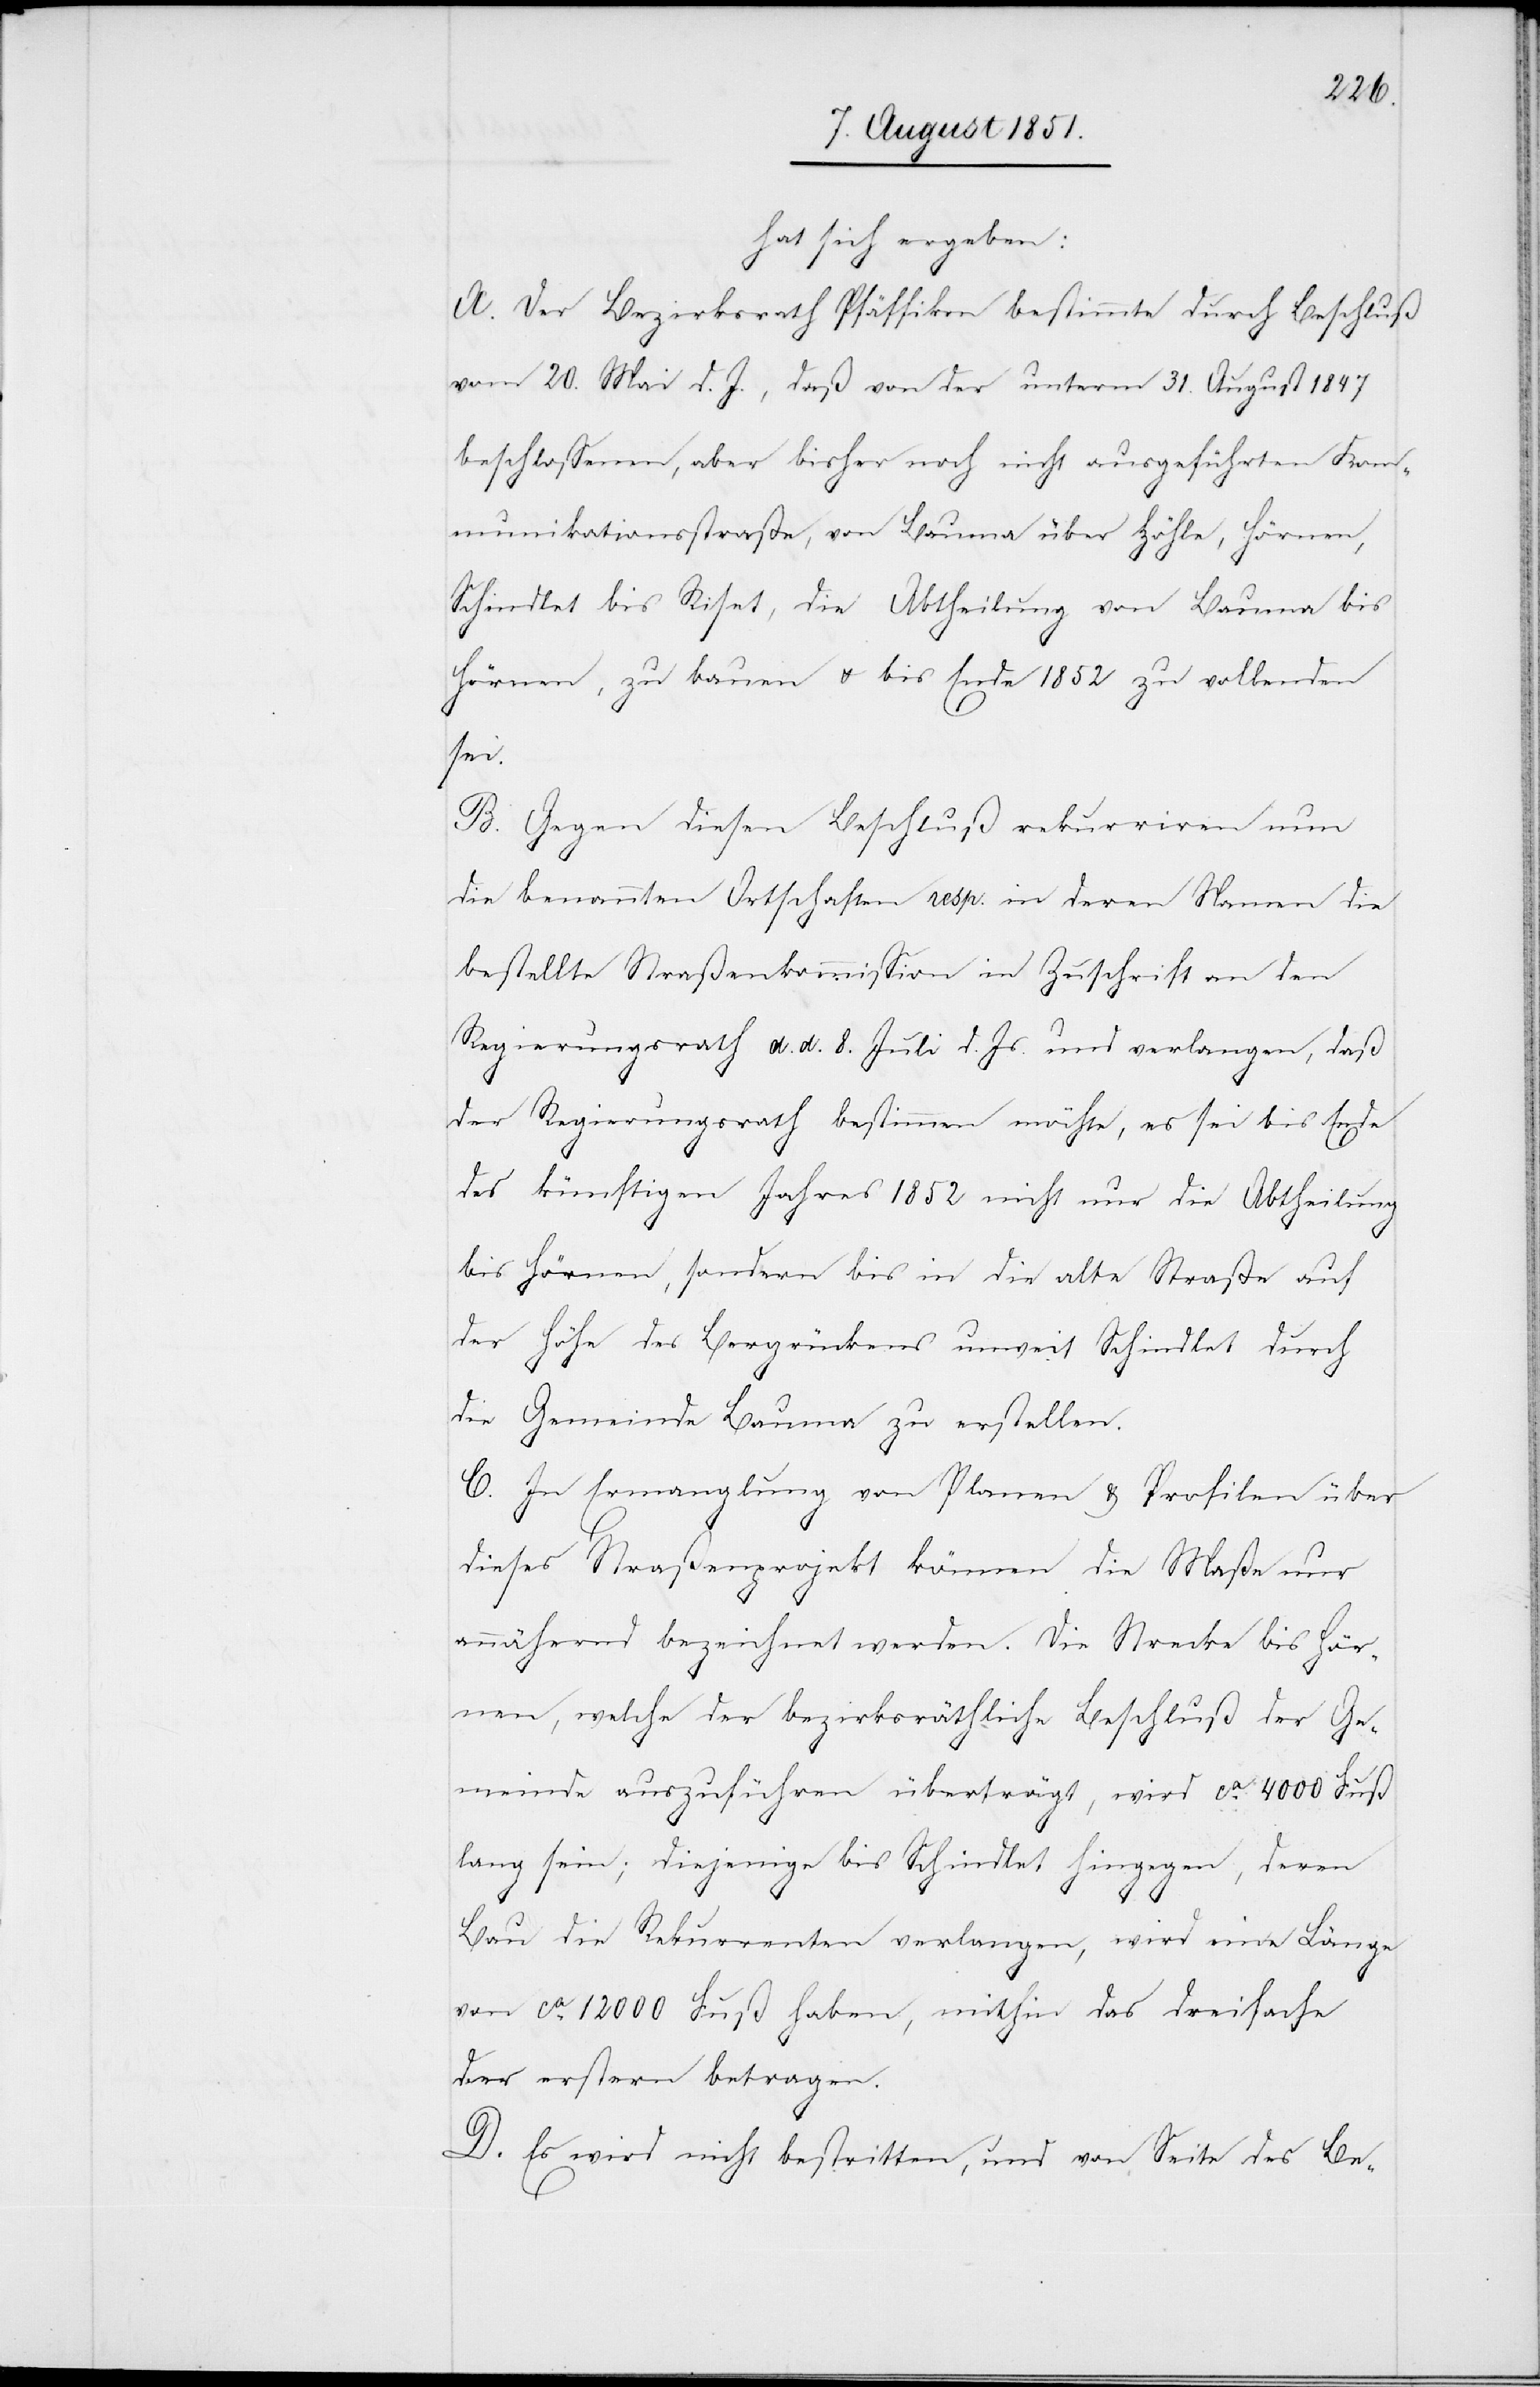
hat sich ergeben:
A. Der Bezirksrath Pfäffikon bestimmte durch Beschluß
vom 20. Mai d. J., daß von der unterm 31. August 1847
beschlossenen, aber bisher noch nicht ausgeführten Kom¬
munikationsstraße, von Bauma über Höhle, Hörnen,
Schindlet bis Riset, die Abtheilung von Bauma bis
Hörnen, zu bauen & bis Ende 1852 zu vollenden
sei.
B. Gegen diesen Beschluß rekurriren nun
die benannten Ortschaften resp. in deren Namen die
bestellte Straßenkommission in Zuschrift an den
Regierungsrath d. d. 8. Juli d. Js. und verlangen, daß
der Regierungsrath bestimmen möchte, es sei bis Ende
des künftigen Jahres 1852 nicht nur die Abtheilung
bis Hörnen, sondern bis in die alte Straße auf
der Höhe des Bergrückens unweit Schindlet durch
die Gemeinde Bauma zu erstellen.
C. In Ermanglung von Planen & Profilen über
dieses Straßenprojekt können die Maße nur
annähernd bezeichnet werden. Die Strecke bis Hör¬
nen, welche der bezirksräthliche Beschluß der Ge¬
meinde auszuführen überträgt, wird ca. 4000 Fuß
lang sein; diejenige bis Schindlet hingegen, deren
Bau die Rekurrenten verlangen, wird eine Länge
von ca. 12000 Fuß haben, mithin das dreifache
der erstern betragen.
D. Es wird nicht bestritten, und von Seite des Be-